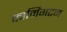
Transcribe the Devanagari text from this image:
फार्मिंगटन